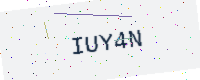
Text: IUY4N